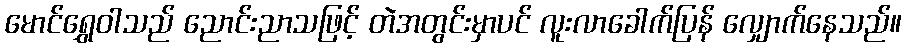
မောင်ရွှေဝါသည် ညောင်းညာသဖြင့် တဲအတွင်းမှာပင် လူးလာခေါက်ပြန် လျှောက်နေသည်။